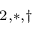
^ { 2 , \ast , \dagger }